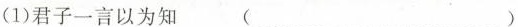
(1)君子一言以为知 ( )